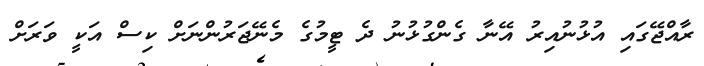
ރާއްޖޭގައި އުޅުނުއިރު އޭނާ ގެންގުޅުނު ދެ ޓީމުގެ މެނޭޖަރުންނަށް ކިސް އަކީ ވަރަށް